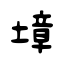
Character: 墇